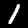
Digit: 1